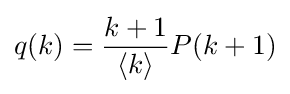
q(k)={\frac {k+1}{\langle k\rangle }}P(k+1)